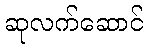
ဆုလက်ဆောင်